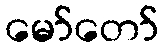
မော်တော်